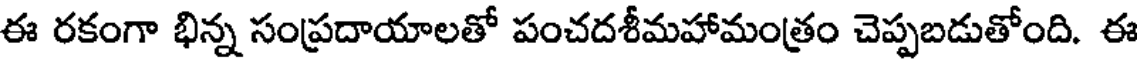
ఈ రకంగా భిన్న సంప్రదాయాలతో పంచదశీమహామంత్రం చెప్పబడుతోంది. ఈ